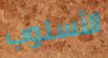
الأسلوب